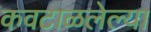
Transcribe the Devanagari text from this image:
कवटाळलेल्या